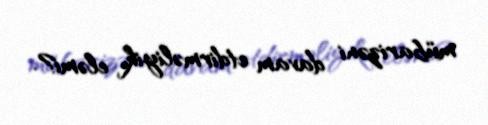
mübarizəni davam etdirməliyik, eləmi?.